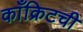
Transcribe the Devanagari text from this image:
काँक्रिटची